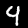
Label: 4